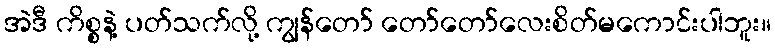
အဲဒီ ကိစ္စနဲ့ ပတ်သက်လို့ ကျွန်တော် တော်တော်လေးစိတ်မကောင်းပါဘူး။